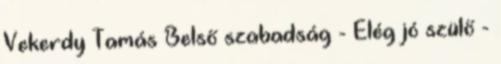
Vekerdy Tamás Belső szabadság - Elég jó szülő -